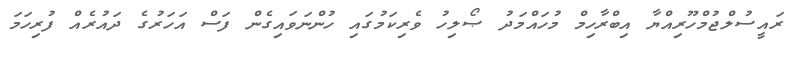
ރައީސުލްޖުމްހޫރިއްޔާ އިބްރާހިމް މުހައްމަދު ޞޯލިހު ވެރިކަމުގައި ހުންނަވައިގެން ފަސް އަހަރުގެ ދައުރެއް ފުރިހަމަ